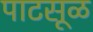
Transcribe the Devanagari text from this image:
पाटसूळ